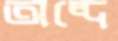
অব্দে